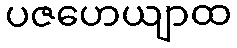
ပဇဟေယျာထ